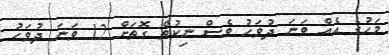
މަހުގެ އެއް ވަނަ ދުވަހު ވެސް ނިކުތް ގޮތަށް 12 ވަނަ ދުވަހު